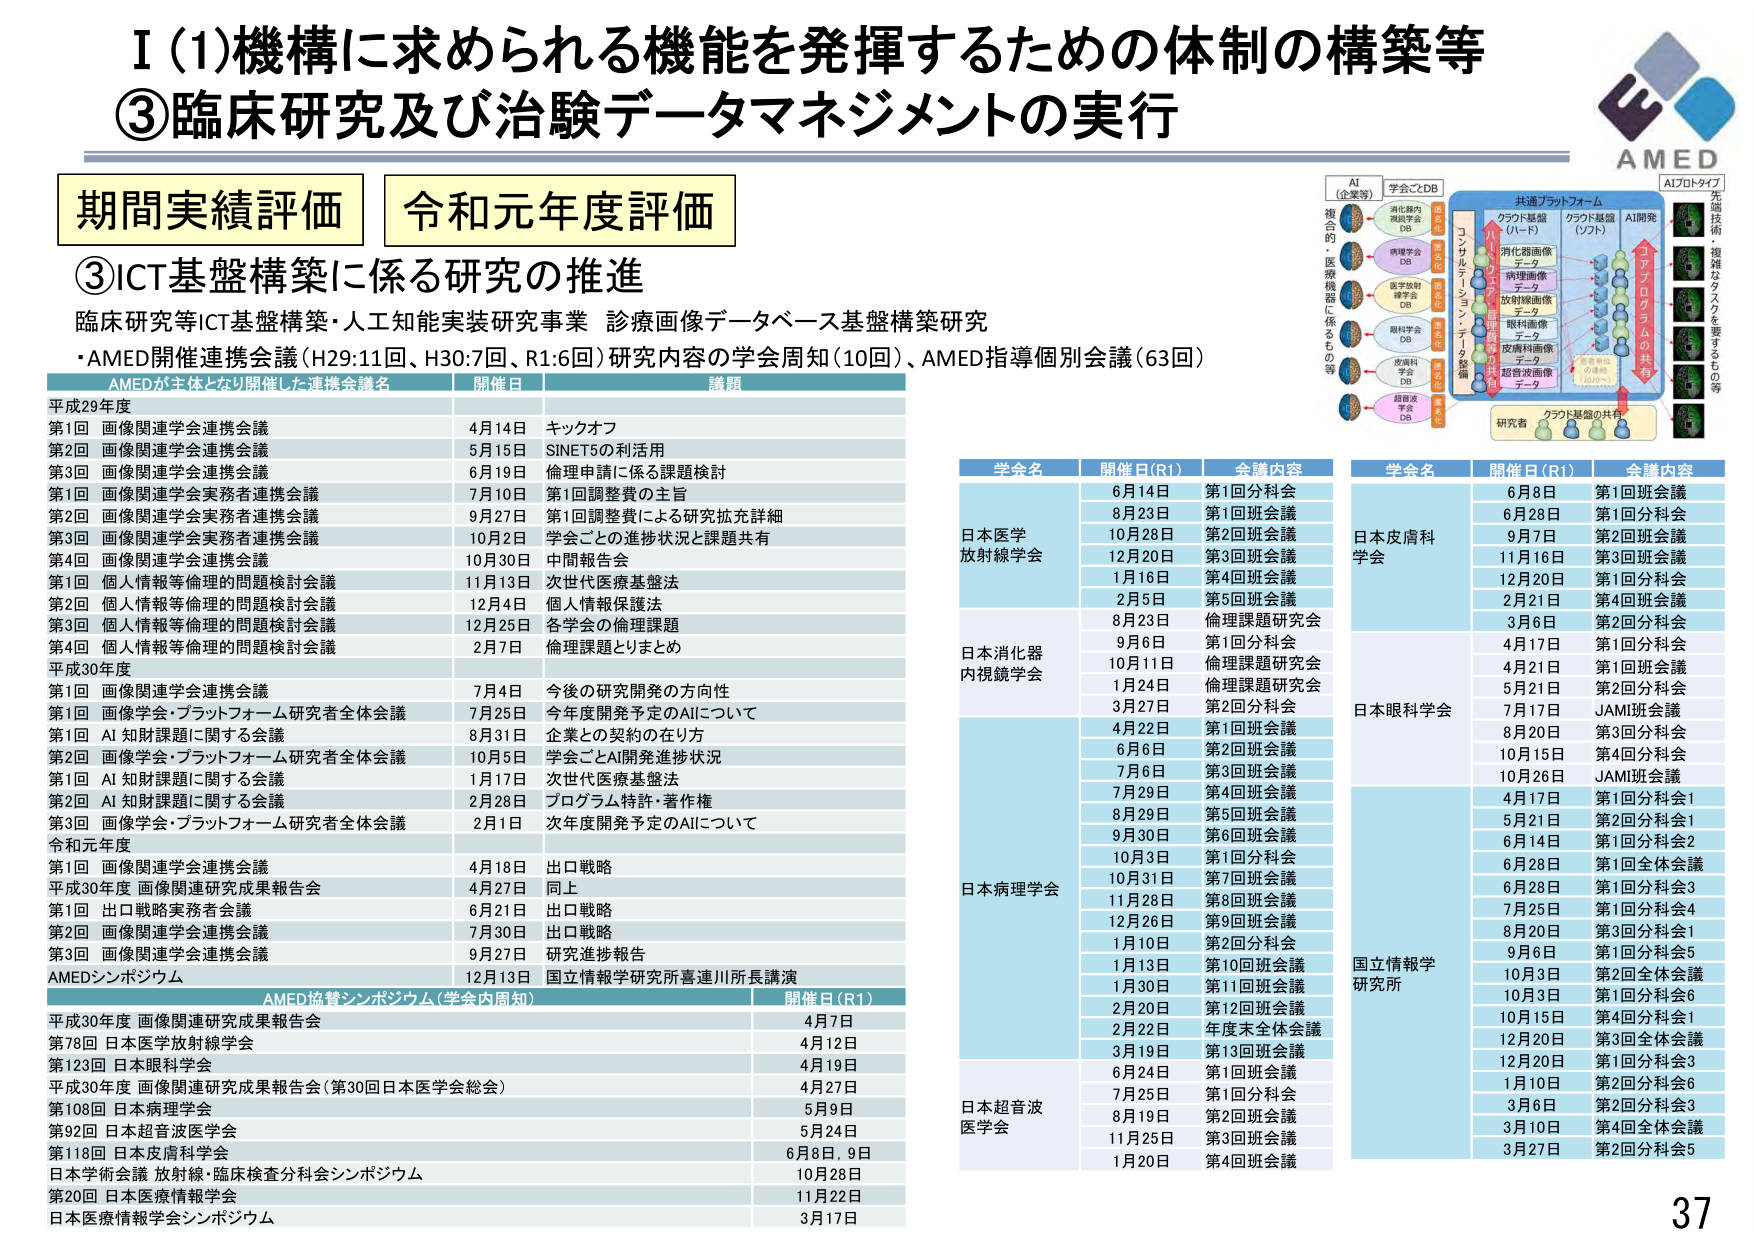
I（1）機構に求められる機能を発揮するための体制の構築等
③臨床研究及び治験データマネジメントの実行

期間実績評価　令和元年度評価

③ICT基盤構築に係る研究の推進
臨床研究等ICT基盤構築・人工知能実装研究事業　診療画像データベース基盤構築研究
・AMED開催連携会議（H29:11回、H30:7回、R1:6回）研究内容の学会周知（10回）、AMED指導個別会議（63回）

AMEDが主体となり開催した連携会議名　開催日　講題

平成29年度
第1回 画像関連学会連携会議　4月14日　キックオフ
第2回 画像関連学会連携会議　5月15日　SINET5の利活用
第3回 画像関連学会連携会議　6月19日　倫理申請に係る課題検討
第1回 画像関連学会実務者連携会議　7月10日　第1回調整費の主旨
第2回 画像関連学会実務者連携会議　9月27日　第1回調整費による研究拡充詳細
第3回 画像関連学会実務者連携会議　10月2日　学会ごとの進捗状況と課題共有
第4回 画像関連学会連携会議　10月30日　中間報告会
第1回 個人情報等倫理的問題検討会議　11月13日　次世代医療基盤法
第2回 個人情報等倫理的問題検討会議　12月4日　個人情報保護法
第3回 個人情報等倫理的問題検討会議　12月25日　各学会の倫理課題
第4回 個人情報等倫理的問題検討会議　2月7日　倫理課題とりまとめ

平成30年度
第1回 画像関連学会連携会議　7月4日　今後の研究開発の方向性
第1回 画像学会・プラットフォーム研究者全体会議　7月25日　今年度開発予定のAIについて
第1回 AI知財課題に関する会議　8月31日　企業との契約の在り方
第2回 画像学会・プラットフォーム研究者全体会議　10月5日　学会ごとAI開発進捗状況
第1回 AI知財課題に関する会議　1月17日　次世代医療基盤法
第2回 AI知財課題に関する会議　2月28日　プログラム特許・著作権
第3回 画像学会・プラットフォーム研究者全体会議　2月1日　次年度開発予定のAIについて

令和元年度
第1回 画像関連学会連携会議　4月18日　出口戦略
平成30年度 画像関連研究成果報告会　4月27日　同上
第1回 出口戦略実務者会議　6月21日　出口戦略
第2回 画像関連学会連携会議　7月30日　出口戦略
第3回 画像関連学会連携会議　9月27日　研究進捗報告
AMEDシンポジウム　12月13日　国立情報学研究所喜連川所長講演

AMED協賛シンポジウム（学会内周知）　開催日（R1）
平成30年度 画像関連研究成果報告会　4月7日
第78回 日本医学放射線学会　4月12日
第123回 日本眼科学会　4月19日
平成30年度 画像関連研究成果報告会（第30回日本医学会総会）　4月27日
第108回 日本病理学会　5月9日
第92回 日本超音波医学会　5月24日
第118回 日本皮膚科学会　6月8日、9日
日本学術会議 放射線・臨床検査分科会シンポジウム　10月28日
第20回 日本医療情報学会　11月22日
日本医療情報学会シンポジウム　3月17日

学名　開催日（R1）　会議内容
日本医学放射線学会
6月14日　第1回分科会
8月23日　第1回班会議
10月28日　第2回班会議
12月20日　第3回班会議
1月16日　第4回班会議
2月5日　第5回班会議
8月23日　倫理課題研究会
9月6日　第1回分科会
10月11日　倫理課題研究会
1月24日　倫理課題研究会
3月27日　第2回分科会
4月22日　第1回班会議
6月6日　第2回班会議
7月6日　第3回班会議
7月29日　第4回班会議
8月29日　第5回班会議
9月30日　第6回班会議
10月3日　第1回分科会
10月31日　第7回班会議
11月28日　第8回班会議
12月26日　第9回班会議
1月10日　第2回分科会
1月13日　第10回班会議
1月30日　第11回班会議
2月20日　第12回班会議
2月22日　年度末全体会議
3月19日　第13回班会議
6月24日　第1回班会議
7月25日　第1回分科会
8月19日　第2回班会議
11月25日　第3回班会議
1月20日　第4回班会議

日本消化器内視鏡学会
日本病理学会
日本超音波医学会

学名　開催日（R1）　会議内容
日本皮膚科学会
6月8日　第1回班会議
6月28日　第1回分科会
9月7日　第2回班会議
11月16日　第3回班会議
12月20日　第1回分科会
2月21日　第4回班会議
3月6日　第2回分科会
4月17日　第1回分科会
4月21日　第1回班会議
5月21日　第2回分科会
7月17日　JAMI班会議
8月20日　第3回分科会
10月15日　第4回分科会
10月26日　JAMI班会議
4月17日　第1回分科会1
5月21日　第2回分科会1
6月14日　第1回分科会2
6月28日　第1回全体会議
6月28日　第1回分科会3
7月25日　第1回分科会4
8月20日　第3回分科会1
9月6日　第1回分科会5
10月3日　第2回全体会議
10月3日　第1回分科会6
10月15日　第4回分科会1
12月20日　第3回全体会議
12月20日　第1回分科会3
1月10日　第2回分科会6
3月6日　第2回分科会3
3月10日　第4回全体会議
3月27日　第2回分科会5

国立情報学研究所

AI（企業等）
学ごとDB
共通プラットフォーム
AIプロトタイプ
先端技術・複雑なタスクを要するもの等
クラウド基盤（ハード）
クラウド基盤（ソフト）
AI開発
コンサルテーション・データ整備
研究者
クラウド基盤の共有
消化器画像データ
病理画像データ
放射線画像データ
眼科画像データ
皮膚科画像データ
超音波画像データ
複合的・医療機器に係るもの等
消化器内視鏡学会DB
病理学会DB
医学放射線学会DB
眼科学会DB
皮膚科学会DB
超音波学会DB
全産業界の連携（AIの活用）

AMED
37